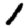
Digit: 1